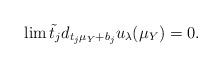
LaTeX: \begin{align*}\lim \tilde{t}_j d_{t_j \mu_Y+b_j}u_{\lambda}(\mu_Y)=0.\end{align*}